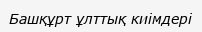
Башқұрт ұлттық киімдері